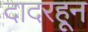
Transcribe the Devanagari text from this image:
दादरहून